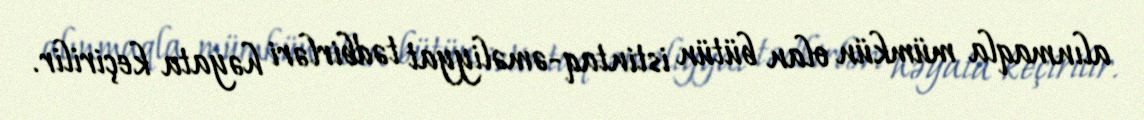
alınmaqla mümkün olan bütün istintaq-əməliyyat tədbirləri həyata keçirilir.